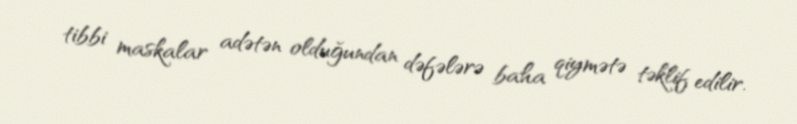
tibbi maskalar adətən olduğundan dəfələrə baha qiymətə təklif edilir.